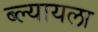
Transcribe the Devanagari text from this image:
ब्ल्यायला